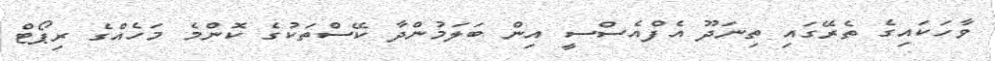
ވާހަކައިގެ ތެރޭގައި ތިނަދޫ އެފްއެސްސީ އިން ބަލަމުންދާ ކޭސްތަކުގެ ކޮންމެ މަހެއްގެ ރިޕޯޓް